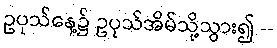
ဥပုသ်နေ့၌ ဥပုသ်အိမ်သို့သွား၍ --